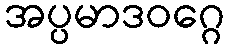
အပ္ပမာဒဝဂ္ဂေ